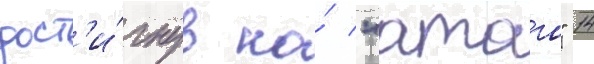
дост'и́гнув на́ "атаго" 14